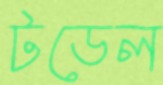
টডেল